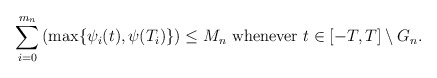
\begin{align*}\sum_{i=0}^{m_n}\left(\max\{\psi_i (t), \psi ( T_i)\}\right) \leq M_n\ \textrm{whenever $ t \in [-T, T]\setminus G_n$}.\end{align*}